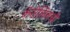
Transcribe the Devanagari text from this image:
कॅरोलिनची